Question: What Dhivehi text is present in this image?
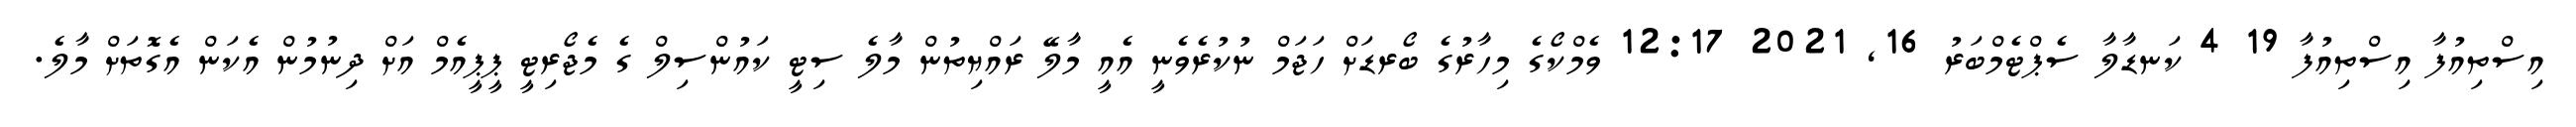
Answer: އިސްތިއުފާ އިސްތިއުފާ 19 4 ކަނޑާލާ ސެޕްޓެމްބަރު 16, 2021 12:17 ވެމްކޯގެ މިހާރުގެ ބޯރޑަށް ހަޖަމް ނުކުރެވެނީ އެއީ މާލޭ ރައްޔިތުން މާލެ ސިޓީ ކައުންސިލް ގެ މެޖޯރިޓީ ޕީޕީއެމް އަށް ދިނުމުން އެކަން އެގޮތަށް މާލެ.